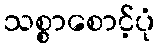
သစ္စာစောင့်ပုံ